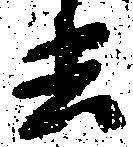
去